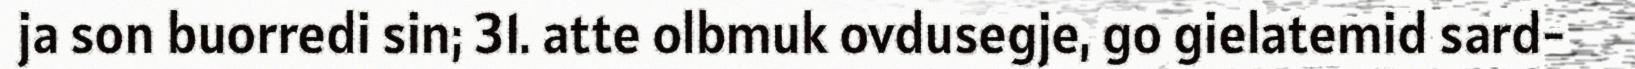
ja son buorredi sin; 31. atte olbmuk ovdusegje, go gielatemid sard-